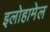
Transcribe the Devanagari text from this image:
इलोहामेल